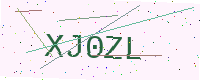
Text: XJ0ZL